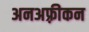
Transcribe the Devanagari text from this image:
अनअफ़्रीकन